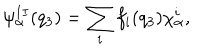
LaTeX: \psi _ { \alpha } ^ { I I } ( q _ { 3 } ) = \sum _ { i } f _ { i } ( q _ { 3 } ) \chi _ { \alpha } ^ { i } ,